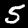
Digit: 5